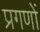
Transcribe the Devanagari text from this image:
प्रगणों